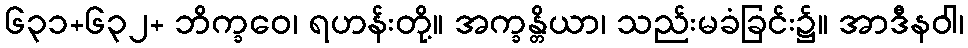
၆၃၁+၆၃၂+ ဘိက္ခဝေ၊ ရဟန်းတို့။ အက္ခန္တိယာ၊ သည်းမခံခြင်း၌။ အာဒီနဝါ၊